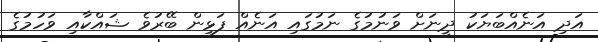
އަދި އަނެއްބަޔަކު ދީނަށް ވަނުމުގެ ނަމުގައި އަނެއް ފަޅިން ބޭރުވެ ޝައްކާއި ވަހުމުގެ